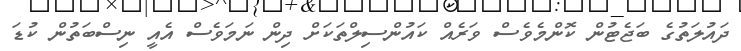
ދައުލަތުގެ ބަޖެޓުން ކޮންމެވެސް ވަރެއް ކައުންސިލްތަކަށް ދިން ނަމަވެސް އެއީ ނިސްބަތުން ކުޑަ